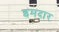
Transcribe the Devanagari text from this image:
इमदार